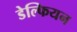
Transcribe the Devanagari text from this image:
डेल्फियन